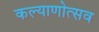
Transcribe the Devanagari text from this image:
कल्याणोत्सव